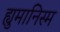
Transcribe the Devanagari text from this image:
ह्युमानिस्म